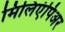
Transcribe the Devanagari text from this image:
मिलिएंपिअर